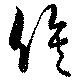
俟